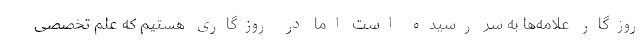
روزگار علامه‌ها به سر رسیده است اما در روزگاری هستیم که علم تخصصی